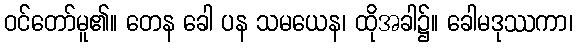
ဝင်တော်မူ၏။ တေန ခေါ ပန သမယေန၊ ထိုအခါ၌။ ခေါမဒုဿကာ၊